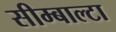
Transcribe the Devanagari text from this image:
सीम्बाल्टा